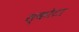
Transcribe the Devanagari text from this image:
स्कोटा